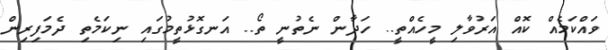
ވައްކަމެއް ކޮއް އަރުވާލި މީހެއްތީ.. ހަދާން ނެތުނީ ތޯ.. އަނގޮޅުތީމުގައި ނިކަމެތި ދެމަފިރިން